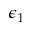
\epsilon _ { 1 }